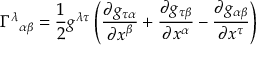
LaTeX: \Gamma ^ { \lambda } { } _ { \alpha \beta } = { \frac { 1 } { 2 } } g ^ { \lambda \tau } \left( { \frac { \partial g _ { \tau \alpha } } { \partial x ^ { \beta } } } + { \frac { \partial g _ { \tau \beta } } { \partial x ^ { \alpha } } } - { \frac { \partial g _ { \alpha \beta } } { \partial x ^ { \tau } } } \right)